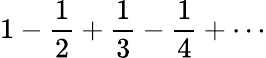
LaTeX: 1-{\frac{1}{2}}+{\frac{1}{3}}-{\frac{1}{4}}+\cdots